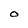
Character: O